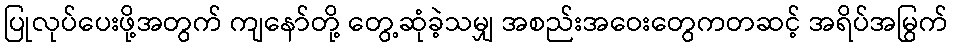
ပြုလုပ်ပေးဖို့အတွက် ကျနော်တို့ တွေ့ဆုံခဲ့သမျှ အစည်းအဝေးတွေကတဆင့် အရိပ်အမြွက်